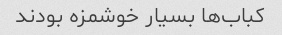
کباب‌ها بسیار خوشمزه بودند